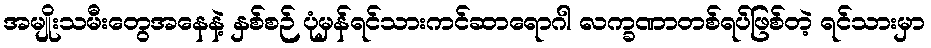
အမျိုးသမီးတွေအနေနဲ့ နှစ်စဉ် ပုံမှန်ရင်သားကင်ဆာရောဂါ လက္ခဏာတစ်ရပ်ဖြစ်တဲ့ ရင်သားမှာ